Report of the Municipal Commissioner on the plague in Bombay for the year ending 31st May... - Volume 2
Disease focus: Plague
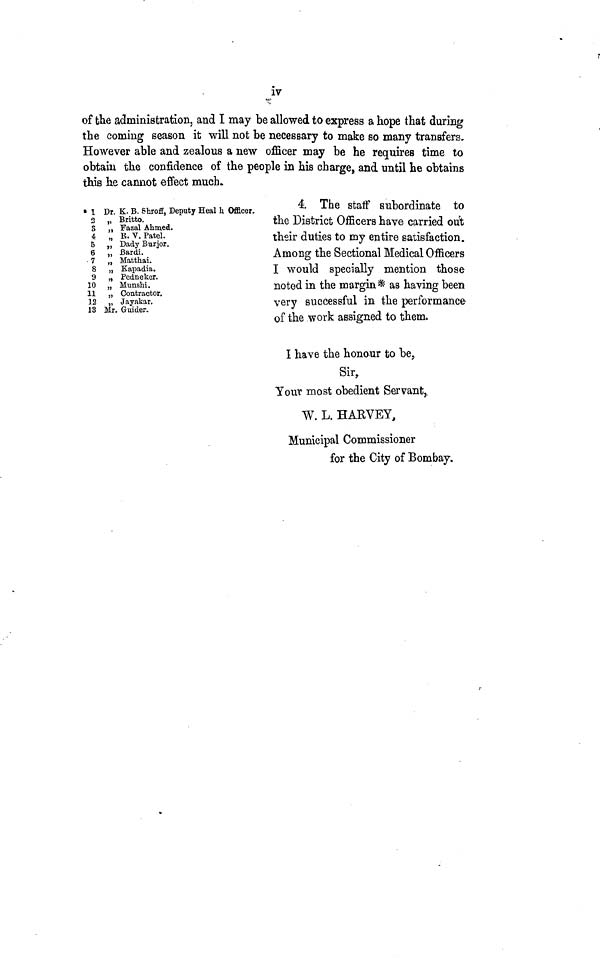
iv
of the administration, and I may be allowed to express a hope that during
the coming season it will not be necessary to make so many transfers.
However able and zealous a new officer may be he requires time to
obtain the confidence of the people in his charge> and until he obtains
this he cannot effect much.
« l Dr. K. B. Shroff, Deputy Heal h Officer,
2 „ Britto.
S „ Fazal Ahmed.
4 „ B. V. Patel.
5 t Dady Burjor.
6 , Bardi.
7 , Matthai.
8 , Kapadia.
9 , Pedneker.
10 , Munshi.
11 , Contractor.
12 , Jayakar.
13 Mr. Guider.
4. The staff subordinate to
the District Officers have carried out
their duties to my entire satisfaction.
Among the Sectional Medical Officers
I would specially mention those
noted in the margin* as having been
very successful in the performance
of the work assigned to them.
I have the honour to be.
Sir,
Your most obedient Servant,..
W. L. HABVEY,
Municipal Commissioner
for the City of Bombay.